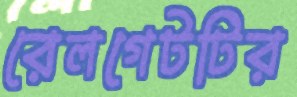
রেলগেটটির